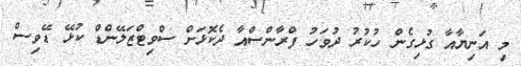
މި އަނިޔާއާ ގުޅިގެން ހުކުރު ދުވަހު ފްރާންސްއާ ދެކޮޅަށް ސްވިޓްޒަލޭންޑް ކުޅޭ ޑޭވިސް